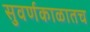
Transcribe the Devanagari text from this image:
सुवर्णकाळातच